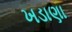
ખડાણા